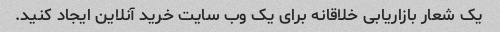
یک شعار بازاریابی خلاقانه برای یک وب سایت خرید آنلاین ایجاد کنید.